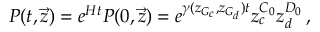
P ( t , \vec { z } ) = e ^ { H t } P ( 0 , \vec { z } ) = e ^ { \gamma ( z _ { G _ { c } } , z _ { G _ { d } } ) t } z _ { c } ^ { C _ { 0 } } z _ { d } ^ { D _ { 0 } } \, ,